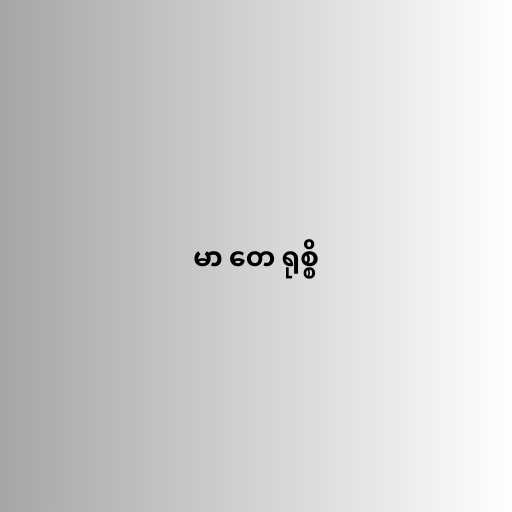
မာ တေ ရုစ္စိ